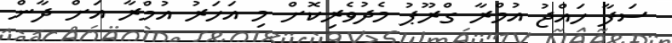
ސަފާ ހައްޖު އުމްރާ ގްރޫޕު މެދުވެރިކޮށް މި އަހަރު އުމްރާ އަށް ދާން